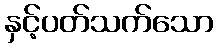
နှင့်ပတ်သက်သော